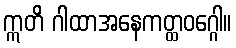
ဣတိ ဂါထာအနေကတ္ထဝဂ္ဂေါ။